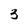
Character: 3